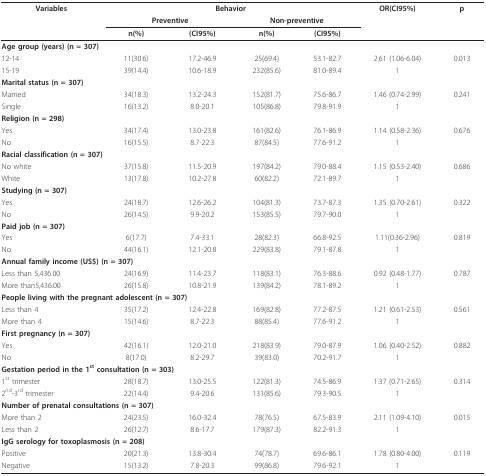
<table><thead><tr><td><b>Variables</b></td><td colspan="4"><b>Behavior</b></td><td><b>OR(CI95%)</b></td><td><b>p</b></td></tr><tr><td></td><td colspan="2"><b>Preventive</b></td><td colspan="2"><b>Non-preventive</b></td><td></td><td></td></tr><tr><td></td><td><b>n(%)</b></td><td><b>(CI95%)</b></td><td><b>n(%)</b></td><td><b>(CI95%)</b></td><td></td><td></td></tr></thead><tbody><tr><td colspan="2"><b>Age group (years) (n = 307)</b></td><td></td><td></td><td></td><td></td><td></td></tr><tr><td>12-14</td><td>11(30.6)</td><td>17.2-46.9</td><td>25(69.4)</td><td>53.1-82.7</td><td>2.61 (1.06-6.04)</td><td>0.013</td></tr><tr><td>15-19</td><td>39(14.4)</td><td>10.6-18.9</td><td>232(85.6)</td><td>81.0-89.4</td><td>1</td><td></td></tr><tr><td colspan="2"><b>Marital status (n = 307)</b></td><td></td><td></td><td></td><td></td><td></td></tr><tr><td>Married</td><td>34(18.3)</td><td>13.2-24.3</td><td>152(81.7)</td><td>75.6-86.7</td><td>1.46 (0.74-2.99)</td><td>0.241</td></tr><tr><td>Single</td><td>16(13.2)</td><td>8.0-20.1</td><td>105(86.8)</td><td>79.8-91.9</td><td>1</td><td></td></tr><tr><td><b>Religion (n = 298)</b></td><td></td><td></td><td></td><td></td><td></td><td></td></tr><tr><td>Yes</td><td>34(17.4)</td><td>13.0-23.8</td><td>161(82.6)</td><td>76.1-86.9</td><td>1.14 (0.58-2.36)</td><td>0.676</td></tr><tr><td>No</td><td>16(15.5)</td><td>8.7-22.3</td><td>87(84.5)</td><td>77.6-91.2</td><td>1</td><td></td></tr><tr><td colspan="2"><b>Racial classification (n = 307)</b></td><td></td><td></td><td></td><td></td><td></td></tr><tr><td>No white</td><td>37(15.8)</td><td>11.5-20.9</td><td>197(84.2)</td><td>79.0-88.4</td><td>1.15 (0.53-2.40)</td><td>0.686</td></tr><tr><td>White</td><td>13(17.8)</td><td>10.2-27.8</td><td>60(82.2)</td><td>72.1-89.7</td><td>1</td><td></td></tr><tr><td><b>Studying (n = 307)</b></td><td></td><td></td><td></td><td></td><td></td><td></td></tr><tr><td>Yes</td><td>24(18.7)</td><td>12.6-26.2</td><td>104(81.3)</td><td>73.7-87.3</td><td>1.35 (0.70-2.61)</td><td>0.322</td></tr><tr><td>No</td><td>26(14.5)</td><td>9.9-20.2</td><td>153(85.5)</td><td>79.7-90.0</td><td>1</td><td></td></tr><tr><td><b>Paid job (n = 307)</b></td><td></td><td></td><td></td><td></td><td></td><td></td></tr><tr><td>Yes</td><td>6(17.7)</td><td>7.4-33.1</td><td>28(82.3)</td><td>66.8-92.5</td><td>1.11(0.36-2.96)</td><td>0.819</td></tr><tr><td>No</td><td>44(16.1)</td><td>12.1-20.8</td><td>229(83.8)</td><td>79.1-87.8</td><td>1</td><td></td></tr><tr><td colspan="3"><b>Annual family income (US$) (n = 307)</b></td><td></td><td></td><td></td><td></td></tr><tr><td>Less than 5,436.00</td><td>24(16.9)</td><td>11.4-23.7</td><td>118(83.1)</td><td>76.3-88.6</td><td>0.92 (0.48-1.77)</td><td>0.787</td></tr><tr><td>More than5,436.00</td><td>26(15.8)</td><td>10.8-21.9</td><td>139(84.2)</td><td>78.1-89.2</td><td>1</td><td></td></tr><tr><td colspan="4"><b>People living with the pregnant adolescent (n = 307)</b></td><td></td><td></td><td></td></tr><tr><td>Less than 4</td><td>35(17.2)</td><td>12.4-22.8</td><td>169(82.8)</td><td>77.2-87.5</td><td>1.21 (0.61-2.53)</td><td>0.561</td></tr><tr><td>More than 4</td><td>15(14.6)</td><td>8.7-22.3</td><td>88(85.4)</td><td>77.6-91.2</td><td>1</td><td></td></tr><tr><td colspan="2"><b>First pregnancy (n = 307)</b></td><td></td><td></td><td></td><td></td><td></td></tr><tr><td>Yes</td><td>42(16.1)</td><td>12.0-21.0</td><td>218(83.9)</td><td>79.0-87.9</td><td>1.06 (0.40-2.52)</td><td>0.882</td></tr><tr><td>No</td><td>8(17.0)</td><td>8.2-29.7</td><td>39(83.0)</td><td>70.2-91.7</td><td>1</td><td></td></tr><tr><td colspan="4"><b>Gestation period in the 1<sup>st </sup>consultation (n = 303)</b></td><td></td><td></td><td></td></tr><tr><td>1<sup>st </sup>trimester</td><td>28(18.7)</td><td>13.0-25.5</td><td>122(81.3)</td><td>74.5-86.9</td><td>1.37 (0.71-2.65)</td><td>0.314</td></tr><tr><td>2<sup>nd</sup>-3<sup>rd </sup>trimester</td><td>22(14.4)</td><td>9.4-20.6</td><td>131(85.6)</td><td>79.3-90.5</td><td>1</td><td></td></tr><tr><td colspan="3"><b>Number of prenatal consultations (n = 307)</b></td><td></td><td></td><td></td><td></td></tr><tr><td>More than 2</td><td>24(23.5)</td><td>16.0-32.4</td><td>78(76.5)</td><td>67.5-83.9</td><td>2.11 (1.09-4.10)</td><td>0.015</td></tr><tr><td>Less than 2</td><td>26(12.7)</td><td>8.6-17.7</td><td>179(87.3)</td><td>82.2-91.3</td><td>1</td><td></td></tr><tr><td colspan="3"><b>IgG serology for toxoplasmosis (n = 208)</b></td><td></td><td></td><td></td><td></td></tr><tr><td>Positive</td><td>20(21.3)</td><td>13.8-30.4</td><td>74(78.7)</td><td>69.6-86.1</td><td>1.78 (0.80-4.00)</td><td>0.119</td></tr><tr><td>Negative</td><td>15(13.2)</td><td>7.8-20.3</td><td>99(86.8)</td><td>79.6-92.1</td><td>1</td><td></td></tr></tbody></table>